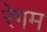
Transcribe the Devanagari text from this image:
रेगम